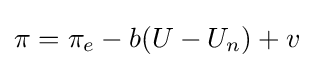
\pi =\pi _{e}-b(U-U_{n})+v